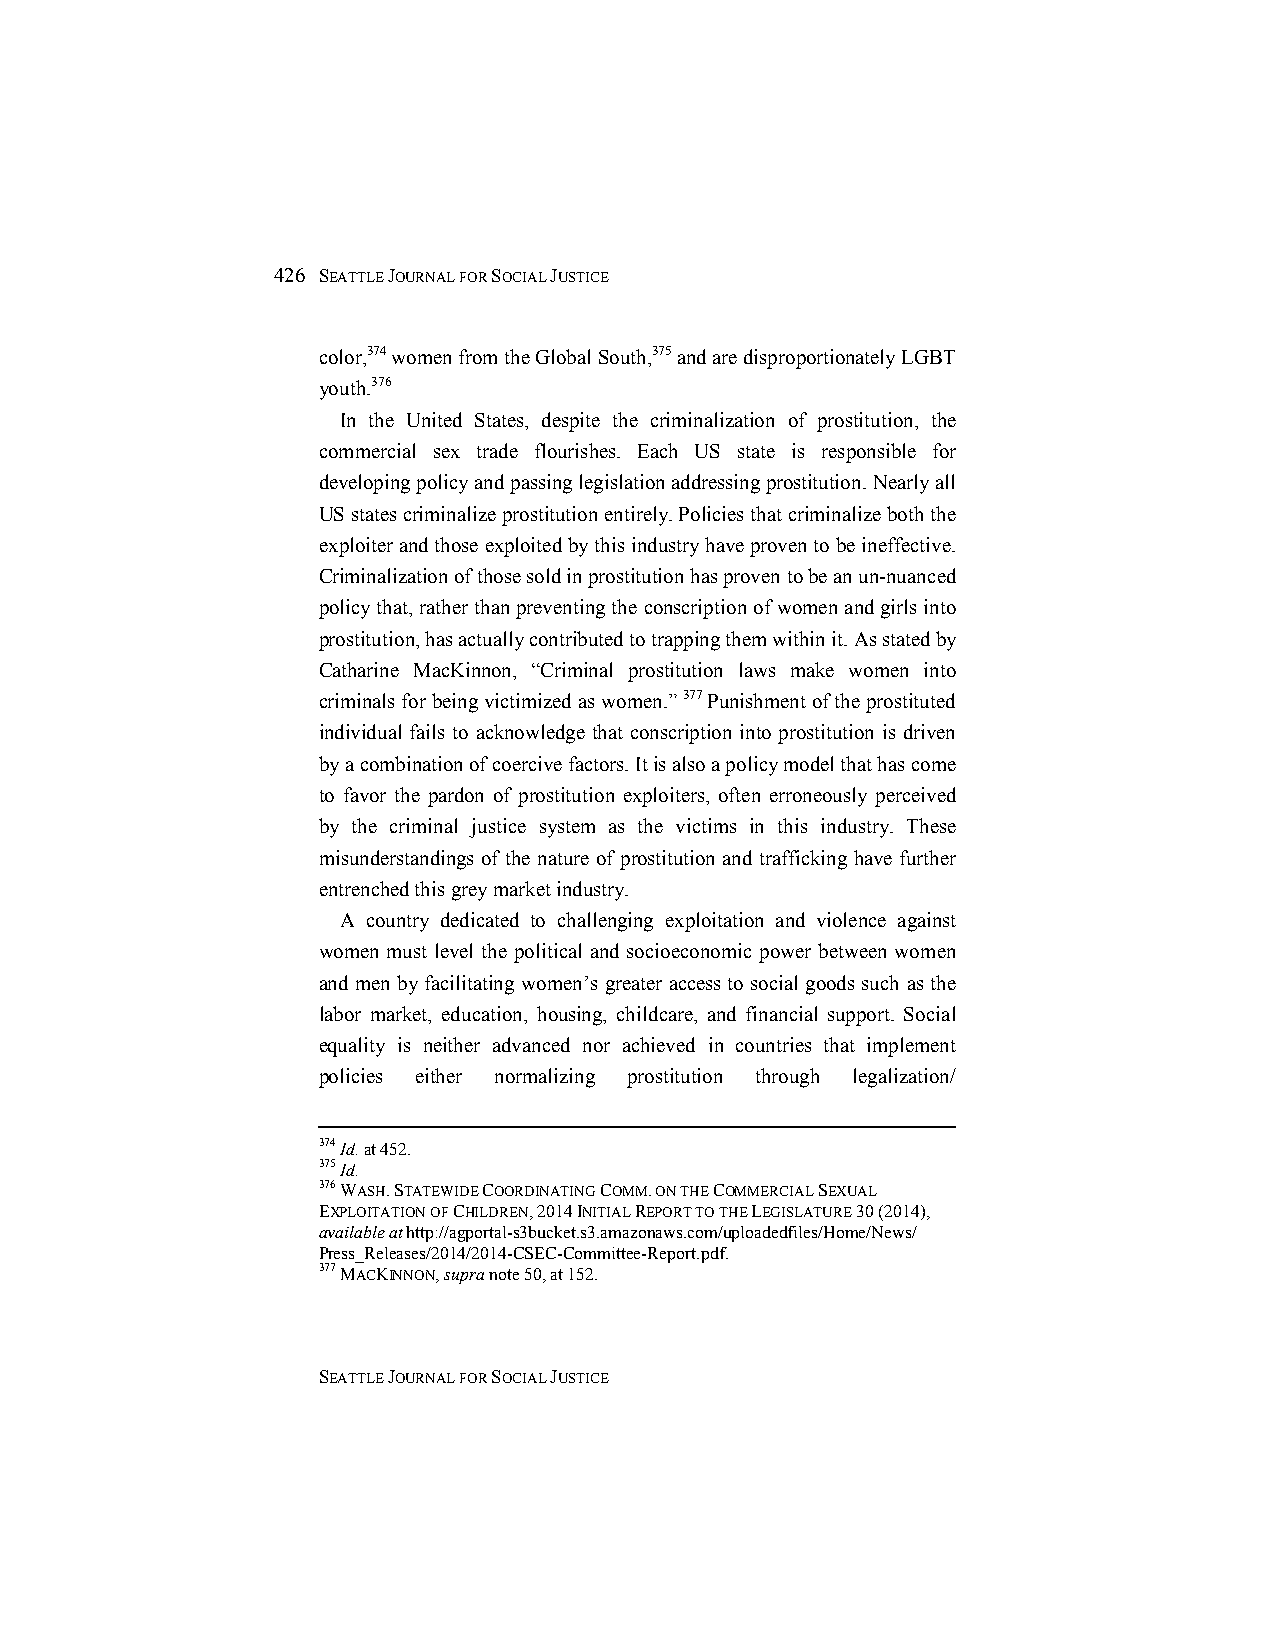
426 SEATTLE JOURNAL FOR SOCIAL JUSTICE
 color,374 women from the Global South,375 and are disproportionately LGBT
 youth.376
 In the United States, despite the criminalization of prostitution, the
 commercial sex trade flourishes. Each US state is responsible for
 developing policy and passing legislation addressing prostitution. Nearly all
 US states criminalize prostitution entirely. Policies that criminalize both the
 exploiter and those exploited by this industry have proven to be ineffective.
 Criminalization of those sold in prostitution has proven to be an un-nuanced
 policy that, rather than preventing the conscription of women and girls into
 prostitution, has actually contributed to trapping them within it. As stated by
 Catharine MacKinnon, “Criminal prostitution laws make women into
 criminals for being victimized as women.” 377 Punishment of the prostituted
 individual fails to acknowledge that conscription into prostitution is driven
 by a combination of coercive factors. It is also a policy model that has come
 to favor the pardon of prostitution exploiters, often erroneously perceived
 by the criminal justice system as the victims in this industry. These
 misunderstandings of the nature of prostitution and trafficking have further
 entrenched this grey market industry.
 A country dedicated to challenging exploitation and violence against
 women must level the political and socioeconomic power between women
 and men by facilitating women’s greater access to social goods such as the
 labor market, education, housing, childcare, and financial support. Social
 equality is neither advanced nor achieved in countries that implement
 policies either normalizing prostitution through legalization/
 374 Id. at 452.
 375 Id.
 376 WASH. STATEWIDE COORDINATING COMM. ON THE COMMERCIAL SEXUAL
 EXPLOITATION OF CHILDREN, 2014 INITIAL REPORT TO THE LEGISLATURE 30 (2014),
 available at http://agportal-s3bucket.s3.amazonaws.com/uploadedfiles/Home/News/
 Press_Releases/2014/2014-CSEC-Committee-Report.pdf.
 377 MACKINNON, supra note 50, at 152.
 SEATTLE JOURNAL FOR SOCIAL JUSTICE